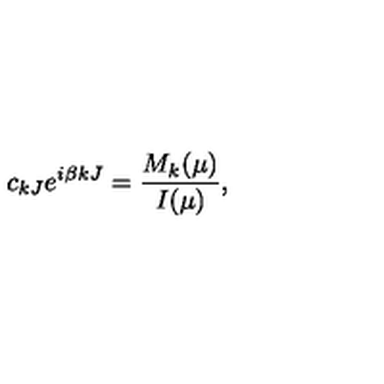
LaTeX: c _ { k J } e ^ { i \beta k J } = \frac { M _ { k } ( \mu ) } { I ( \mu ) } ,